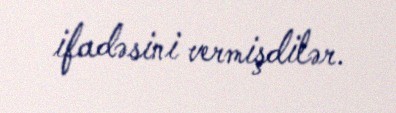
ifadəsini vermişdilər.